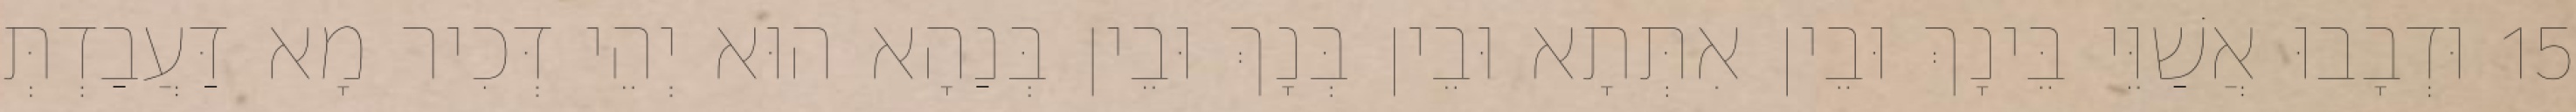
15 וּדְבָבוּ אֲשַׁוֵּי בֵּינָךְ וּבֵין אִתְּתָא וּבֵין בְּנָךְ וּבֵין בְּנַהָא הוּא יְהֵי דְּכִיר מָא דַּעֲבַדְתְּ